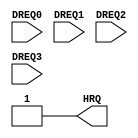
module holdRequest(DREQ0,DREQ1,DREQ2,DREQ3,HRQ); //send hold request 

input DREQ0,DREQ1,DREQ2,DREQ3;
output reg HRQ;

always@(DREQ0,DREQ1,DREQ2,DREQ3)
begin
HRQ=1;
end

endmodule

module channels_priority(Reset,TC,DREQ0,DREQ1,DREQ2,DREQ3,DACK0,DACK1,DACK2,DACK3,ch0,ch1,ch2,ch3,ch_out,HLDA,COMMAND,MASK,REQUEST,clk);

input TC;
input [7:0]COMMAND;
input [3:0]MASK , REQUEST;
input [15:0]ch0,ch1,ch2,ch3;
input DREQ0,DREQ1,DREQ2,DREQ3,HLDA,clk,Reset;
output reg DACK0,DACK1,DACK2,DACK3;
output reg[15:0]ch_out;

initial 
begin
DACK0=0;DACK1=0;DACK2=0;DACK3=0;
end

always @(posedge clk)
begin

if(Reset) begin DACK0=0;DACK1=0;DACK2=0;DACK3=0;
end
else
begin

if(TC==1) begin DACK0=0;DACK1=0;DACK2=0;DACK3=0; end		//AS THE CHANGE IN DACK APPEAR

if(REQUEST[2]==0 && HLDA==1)			//REQUEST:HIGHER PRIORITY FROM HARDWARE
begin

if(COMMAND[6] == 0 && COMMAND[7])		//COMMAND[6]->DREQ enable COMAND[7]->DACK enable
begin

if(DREQ0 && MASK[0]==0)		begin DACK0=1; ch_out=ch0; end	//MASK is enable Or disable channel(MASK[0]=0->enable channel 0 ya 7ywan ya wy4o)

else if(DREQ1 && MASK[1]==0)	begin DACK1=1; ch_out=ch1; end

else if(DREQ2 && MASK[2]==0)	begin DACK2=1; ch_out=ch2; end

else if(DREQ3 && MASK[3]==0)	begin DACK3=1; ch_out=ch3; end
end
end

else if(REQUEST[2]==1 && HLDA==1)						
begin 

if(REQUEST[1:0]==2'b00)		begin DACK0=1; ch_out=ch0; end		//GETTING SELECTED CHANNEL FROM PROCESSOR
else if(REQUEST[1:0]==2'b01)	begin DACK1=1; ch_out=ch1; end
else if(REQUEST[1:0]==2'b10)	begin DACK2=1; ch_out=ch2; end
else if(REQUEST[1:0]==2'b11)	begin DACK3=1; ch_out=ch2; end
end
end 
end

endmodule